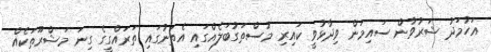
އަހުމަދު ޝަރުވާން ސައިމަން ވިދާޅުވީ ކައިރި މުސްތަގުބަލެއްގައި އެތަނުގައި ތަރައްގީގެ ގިނަ މަޝްރޫތަކެއް